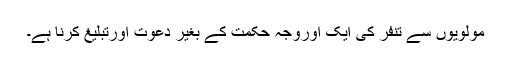
مولویوں سے تنفر کی ایک اوروجہ حکمت کے بغیر دعوت اورتبلیغ کرنا ہے۔